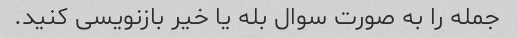
جمله را به صورت سوال بله یا خیر بازنویسی کنید.